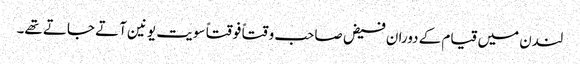
لندن میں قیام کے دوران فیض صاحب وقتاً فوقتاً سویت یونین آتے جاتے تھے۔